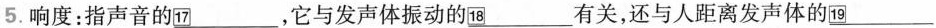
5.响度：指声音的\underline{17}，它与发声体振动的\underline{18}有关，还与人距离发声体的\underline{19}